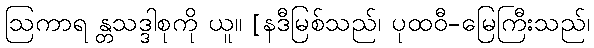
ဩကာရ န္တသဒ္ဒါစုကို ယူ။ [နဒီမြစ်သည်၊ ပုထဝီ-မြေကြီးသည်၊